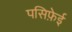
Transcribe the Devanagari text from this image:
पसिफ़ेई